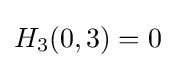
H_{3}(0,3)=0